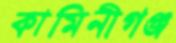
কামিনীগঞ্জ